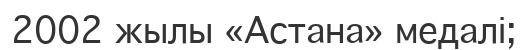
2002 жылы «Астана» медалі;